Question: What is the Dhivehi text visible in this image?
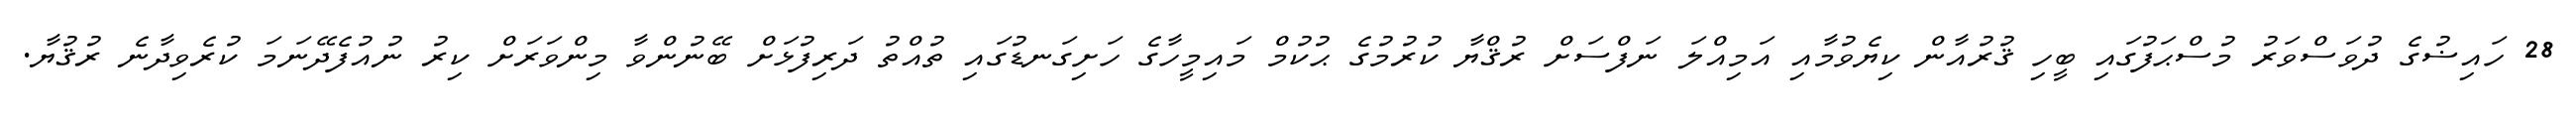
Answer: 28 ހައިޟުގެ ދުވަސްވަރު މުސްޙަފުގައި ބީހި ޤުރުއާން ކިޔެވުމާއި އަމިއްލަ ނަފްސަށް ރުޤްޔާ ކުރުމުގެ ޙުކުމް މައިމީހާގެ ހަށިގަނޑުގައި ތުއްތު ދަރިފުޅަށް ބޭނުންވާ މިންވަރަށް ކިރު ނުއުފެދޭނަމަ ކުރެވިދާނެ ރުޤުޔާ.